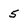
Character: 5